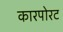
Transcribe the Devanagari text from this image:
कारपोरट